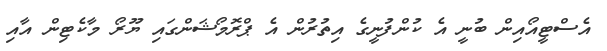
އެސްޓީއޯއިން ބުނީ އެ ކުންފުނީގެ އިތުރުން އެ ޕްރޮމޯޝަންގައި ޔޫރޯ މާކެޓިން އާއި